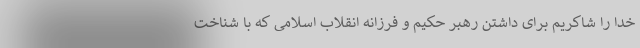
خدا را شاکریم برای داشتن رهبر حکیم و فرزانه انقلاب اسلامی که با شناخت